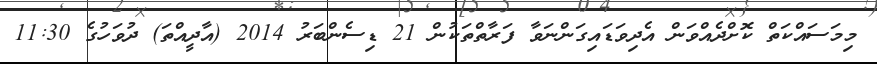
މިމަސައްކަތް ކޮށްދެއްވަން އެދިވަޑައިގަންނަވާ ފަރާތްތަކުން 21 ޑިސެންބަރު 2014 (އާދީއްތަ) ދުވަހުގެ 11:30